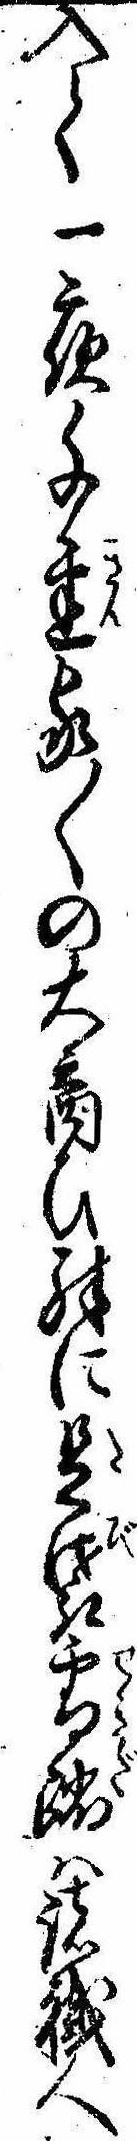
入て一夜千金家〱の大商ひ殊に足袋雪踏は諸職人